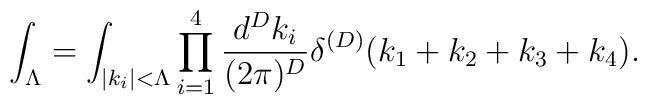
\int_{\Lambda}=\int_{|k_i|<\Lambda}\prod_{i=1}^{4}\frac{d^Dk_i}{(2\pi)^{D}}\delta^{(D)}(k_1+k_2+k_3+k_4).